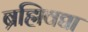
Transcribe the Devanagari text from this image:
ब्रह्मिवद्या